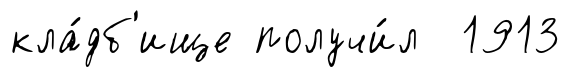
кла́дб'ище получи́л 1913